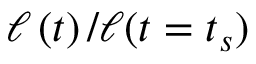
\ell \left( t \right) / \ell ( t = t _ { s } )